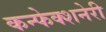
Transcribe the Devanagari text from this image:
कन्फेक्शनेरी